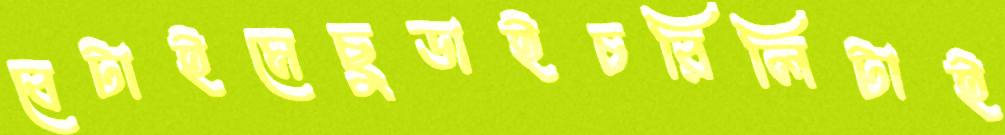
বেটাইমেছুডাইচরিলিটাই